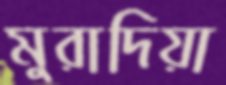
মুরাদিয়া